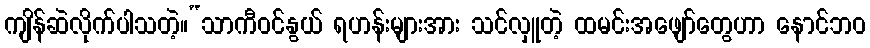
ကျိန်ဆဲလိုက်ပါသတဲ့။“သာကီဝင်နွယ် ရဟန်းများအား သင်လှူတဲ့ ထမင်းအဖျော်တွေဟာ နောင်ဘဝ